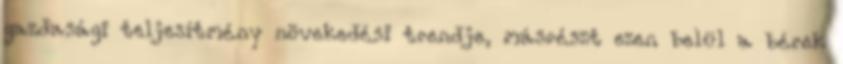
gazdasági teljesítmény növekedési trendje, másrészt ezen belül a bérek